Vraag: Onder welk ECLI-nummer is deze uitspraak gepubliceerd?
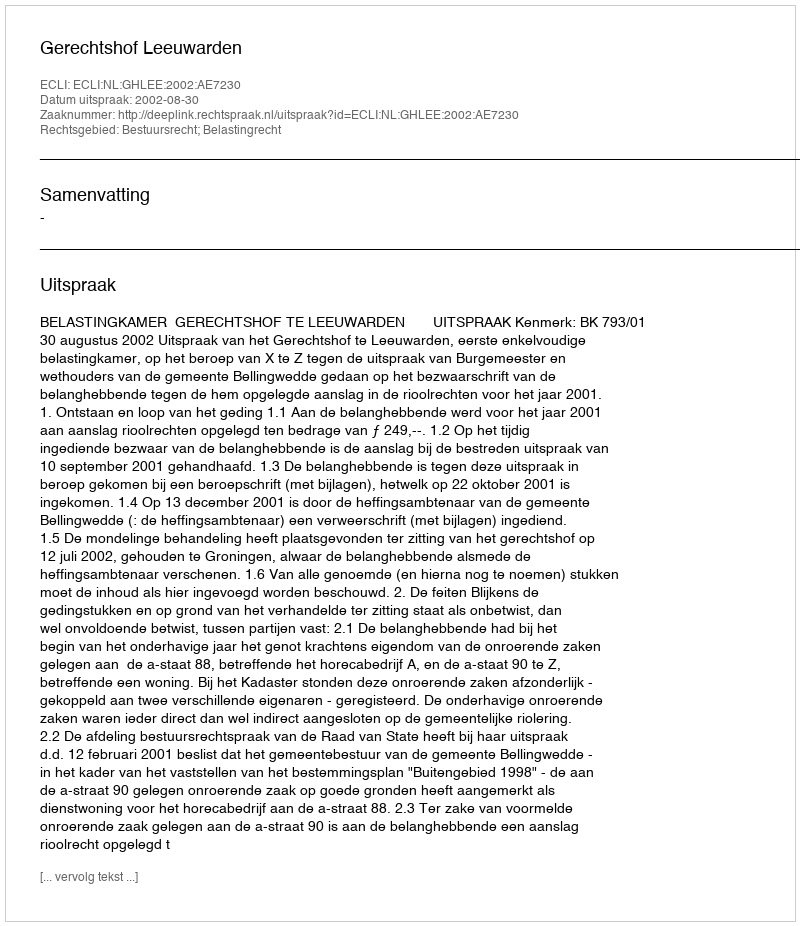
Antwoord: ECLI:NL:GHLEE:2002:AE7230